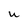
Character: U